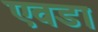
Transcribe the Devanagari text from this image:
एवडा